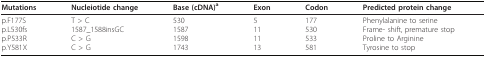
| Mutations | Nucleiotide change | Base (cDNA)a | Exon | Codon | Predicted protein change |
 | --- | --- | --- | --- | --- | --- |
 | p.F177Sp.L530fsp.P533Rp.Y581X | T > C1587_1588insGCC > GC > G | 530158715981743 | 5111113 | 177530533581 | Phenylalanine to serineFrame- shift, premature stopProline to ArginineTyrosine to stop |